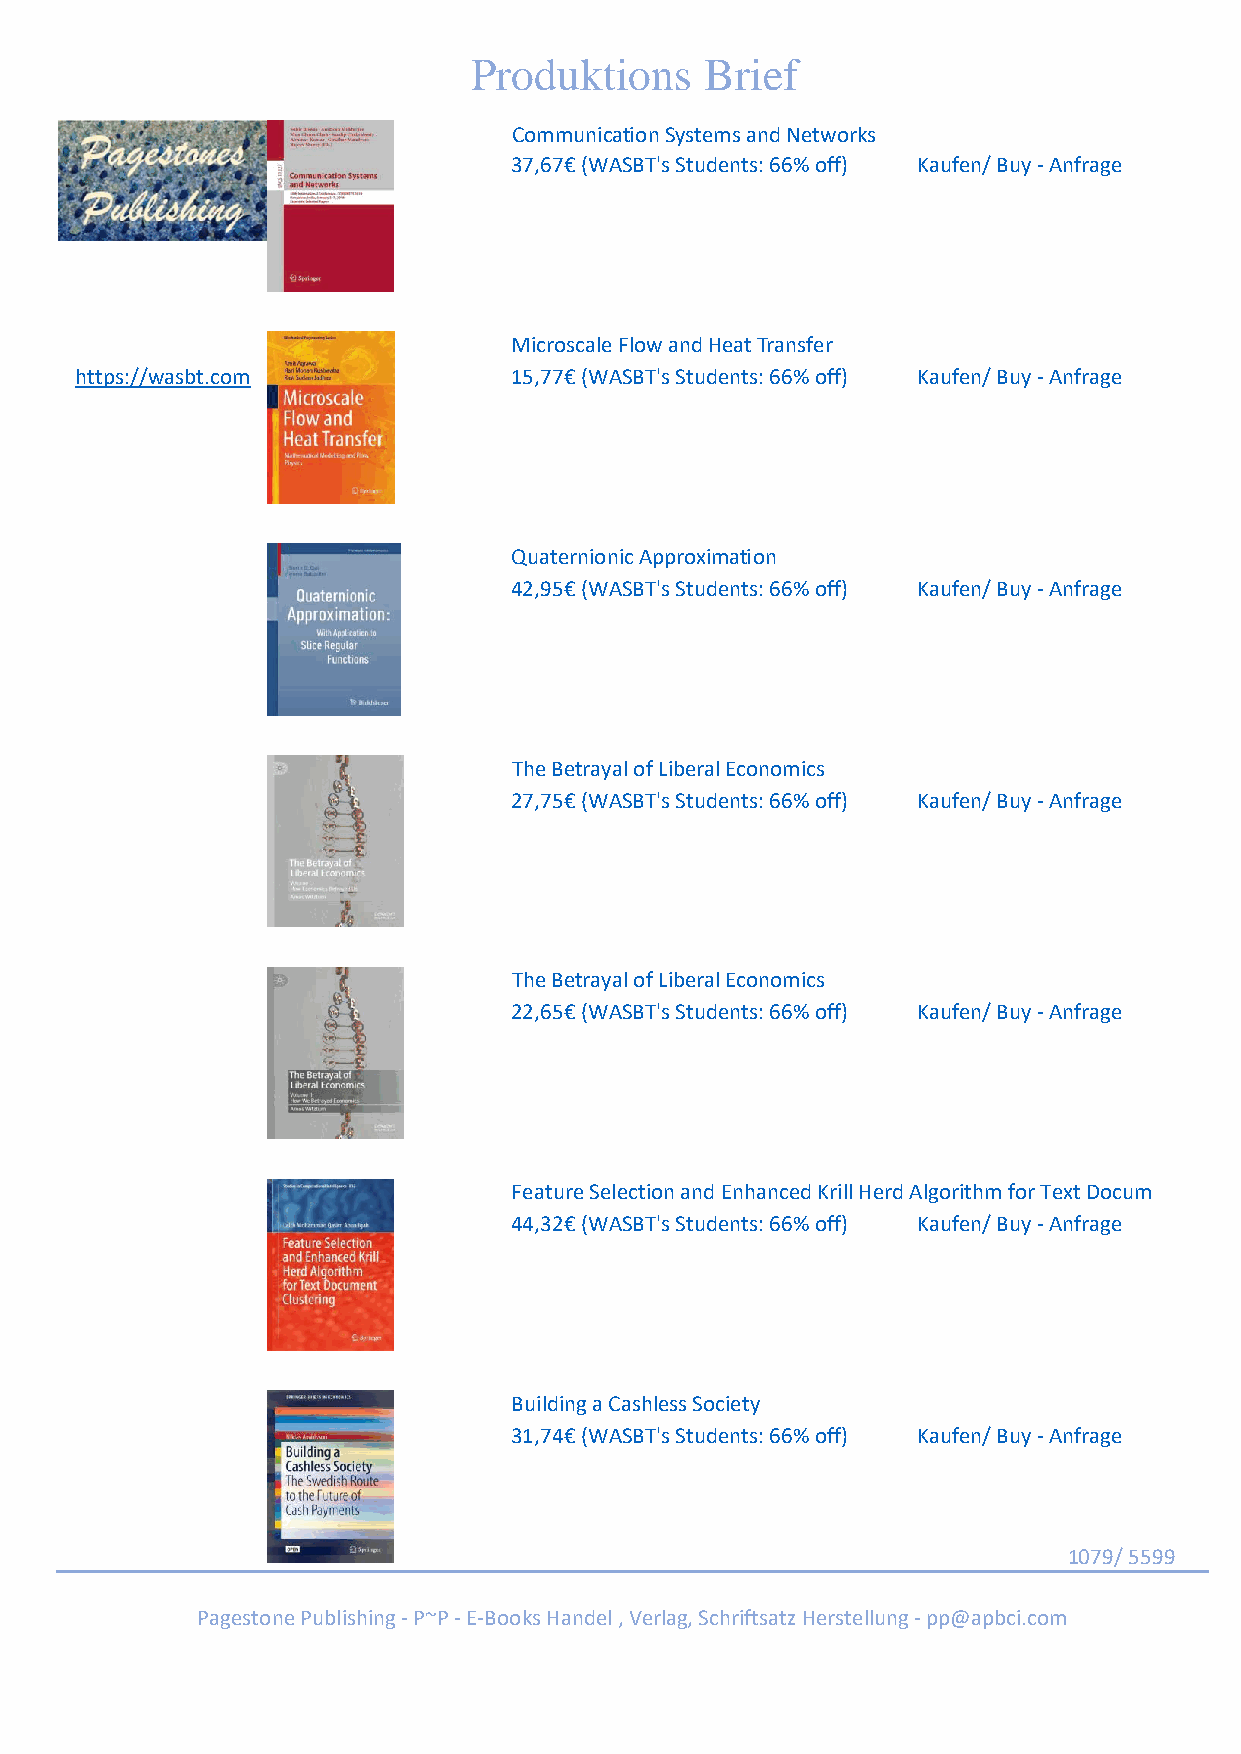
Produktions     Brief
 Communication Systems and Networks
 37,67€ (WASBT's Students: 66% off) Kaufen/ Buy - Anfrage
 Microscale Flow and Heat Transfer
 https://wasbt.com            15,77€ (WASBT's Students: 66% off) Kaufen/ Buy - Anfrage
 Quaternionic Approximation
 42,95€ (WASBT's Students: 66% off) Kaufen/ Buy - Anfrage
 The Betrayal of Liberal Economics
 27,75€ (WASBT's Students: 66% off) Kaufen/ Buy - Anfrage
 The Betrayal of Liberal Economics
 22,65€ (WASBT's Students: 66% off) Kaufen/ Buy - Anfrage
 Feature Selection and Enhanced Krill Herd Algorithm for Text Docum
 44,32€ (WASBT's Students: 66% off) Kaufen/ Buy - Anfrage
 Building a Cashless Society
 31,74€ (WASBT's Students: 66% off) Kaufen/ Buy - Anfrage
 1079/ 5599
 Pagestone Publishing - P~P - E-Books Handel , Verlag, Schriftsatz Herstellung - pp@apbci.com